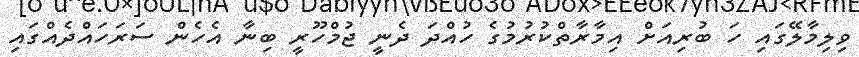
ވިލިމާލޭގައި ހަ ބުރިއަށް އިމާރާތްކުރުމުގެ ހުއްދަ ދެނީ ޖުމްހޫރީ ބިނާ އެހެން ސަރަހައްދެއްގައި